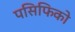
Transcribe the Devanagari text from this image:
पसिफिको